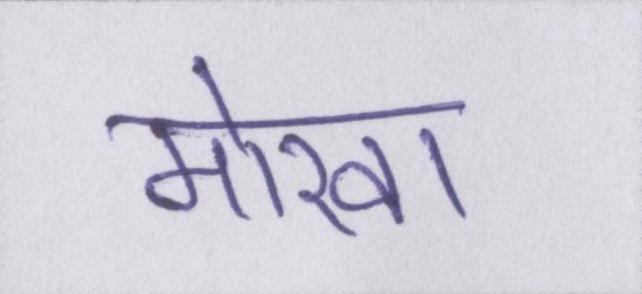
मोखा